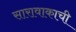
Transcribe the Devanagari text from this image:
सारावाकाची